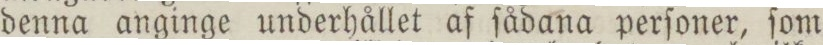
denna anginge underhållet af ſådana perſoner, ſom